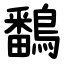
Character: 鷭